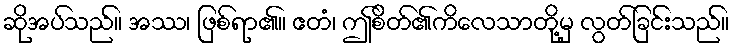
ဆိုအပ်သည်။ အဿ၊ ဖြစ်ရာ၏။ ဧတံ၊ ဤစိတ်၏ကိလေသာတို့မှ လွတ်ခြင်းသည်။